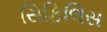
સિફિલિસ